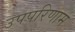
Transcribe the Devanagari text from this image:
उपपरिणाम